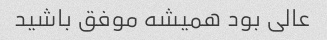
عالی بود همیشه موفق باشید